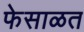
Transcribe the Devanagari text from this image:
फेसाळत